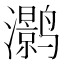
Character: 𮹛